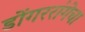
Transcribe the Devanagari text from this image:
डोंगररांगेचा